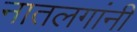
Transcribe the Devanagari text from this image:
नातलगांनी